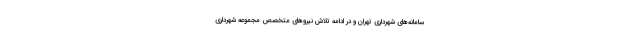
سامانه‌های شهرداری تهران و در ادامه تلاش نیرو‌های متخصص مجموعه شهرداری